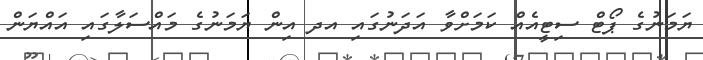
ޔަމަނުގެ ޕޯޓް ސިޓީއެއް ކަމަަށްވާ އަދަނުގައި އދ އިން ޔަަމަނުގެ މައްސަލާގައި އައްޔަން